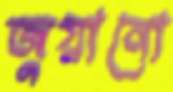
জুয়ানো